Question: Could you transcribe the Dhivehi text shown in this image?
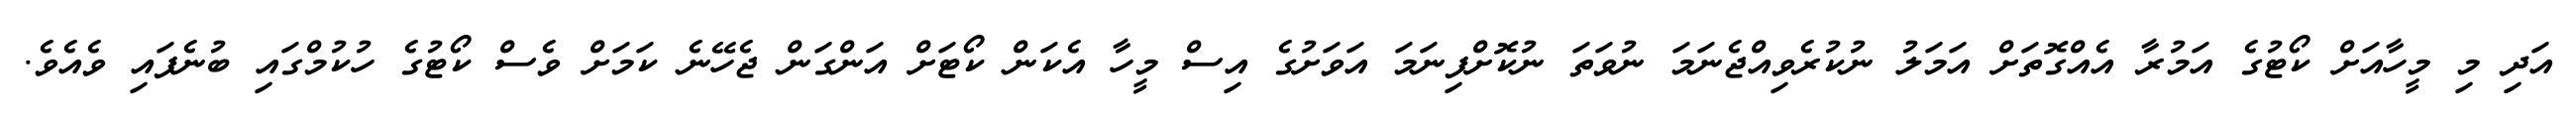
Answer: އަދި މި މީހާއަށް ކޯޓުގެ އަމުރާ އެއްގޮތަށް އަމަލު ނުކުރެވިއްޖެނަމަ ނުވަތަ ނުކޮށްފިނަމަ އަވަށުގެ އިސް މީހާ އެކަން ކޯޓަށް އަންގަން ޖެހޭނެ ކަމަށް ވެސް ކޯޓުގެ ހުކުމްގައި ބުނެފައި ވެއެވެ.